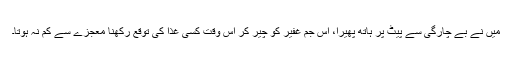
میں نے بے چارگی سے پیٹ پر ہاتھ پھیرا، اس جمِ غفیر کو چیر کر اس وقت کسی غذا کی توقع رکھنا معجزے سے کم نہ ہوتا۔